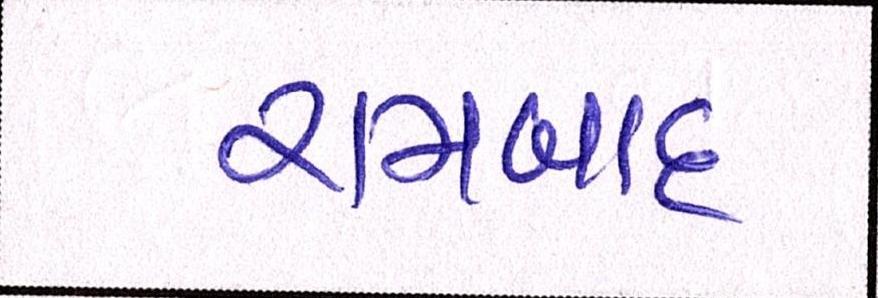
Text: રામબાદ